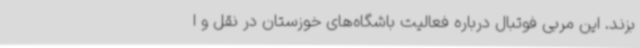
بزند. این مربی فوتبال درباره فعالیت باشگاه‌های خوزستان در نقل و ا